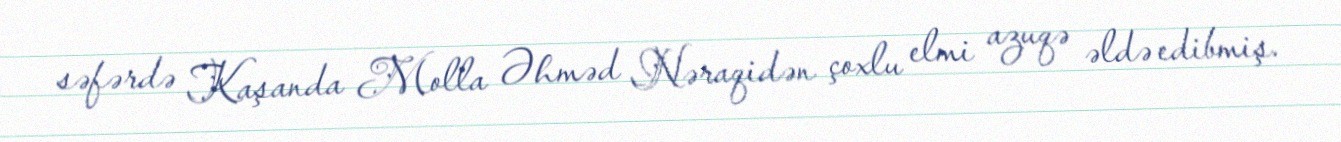
səfərdə Kaşanda Molla Əhməd Nəraqidən çoxlu elmi azuqə əldə edibmiş.